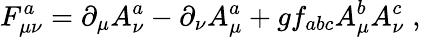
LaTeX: F_{\mu\nu}^{a}=\partial_{\mu}A_{\nu}^{a}-\partial_{\nu}A_{\mu}^{a}+gf_{abc}A_{\mu}^{b}A_{\nu}^{c}\; ,